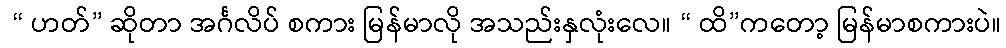
 “ ဟတ်” ဆိုတာ အင်္ဂလိပ် စကား မြန်မာလို အသည်းနှလုံးလေ။ “ ထိ”ကတော့ မြန်မာစကားပဲ။